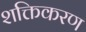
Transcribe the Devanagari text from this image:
शक्तिकरण